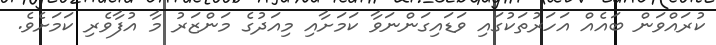
ކުރައްވަން ބައެއް އަހަރުތަކުގައި ވަޑައިގަންނަވާ ކަމަށާއި މިއަދުގެ މަންޒަރު މާ އުފާވެރި ކަމަށެވެ.